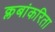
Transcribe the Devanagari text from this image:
क्लबांकरिता